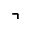
\urcorner